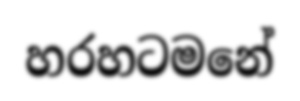
හරහටමනේ